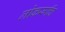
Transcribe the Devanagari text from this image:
लोकरूचि